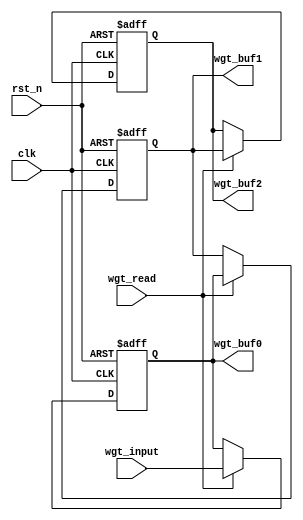
module WGT_BUF 
(
	clk
 ,rst_n
 ,wgt_input
 ,wgt_read
 ,wgt_buf0
 ,wgt_buf1
 ,wgt_buf2
);

input clk;
input rst_n;
input signed [7:0] wgt_input;
input wgt_read;
output signed [7:0] wgt_buf0;
output signed [7:0] wgt_buf1;
output signed [7:0] wgt_buf2;

reg signed [7:0] wgt_buf [2:0];



integer i;

always @(posedge clk or negedge rst_n) 
    if (~rst_n) 
    begin
        for(i = 0; i < 3; i = i + 1)  
        begin
            wgt_buf[i] <= 0;
        end
    end 
    else
    begin
        if(wgt_read)
        begin
            wgt_buf[2] <= wgt_buf[1];
            wgt_buf[1] <= wgt_buf[0];
            wgt_buf[0] <= wgt_input;
        end
        else
        begin
            wgt_buf[2] <= wgt_buf[2];
            wgt_buf[1] <= wgt_buf[1];
            wgt_buf[0] <= wgt_buf[0];
        end
    end 

    assign wgt_buf0 = wgt_buf[0];
    assign wgt_buf1 = wgt_buf[1];
    assign wgt_buf2 = wgt_buf[2];

endmodule